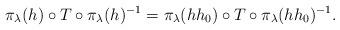
LaTeX: \begin{align*} \pi_\lambda(h) \circ T \circ \pi_\lambda(h)^{-1} = \pi_\lambda(hh_0) \circ T \circ \pi_\lambda(hh_0)^{-1}.\end{align*}